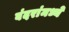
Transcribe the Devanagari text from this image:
बंदरांमध्ये